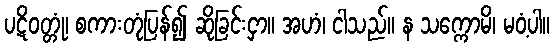
ပဋိဝတ္တုံ၊ စကားတုံပြန်၍ ဆိုခြင်းငှာ။ အဟံ၊ ငါသည်။ န သက္ကောမိ၊ မဝံ့ပါ။